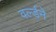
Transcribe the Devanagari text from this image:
वर्ल्डने